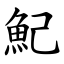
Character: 魢